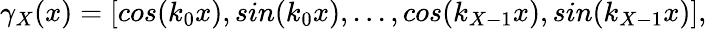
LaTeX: \gamma_{X}(x)=[cos(k_{0}x),sin(k_{0}x),...,cos(k_{X-1}x),sin(k_{X-1}x)],